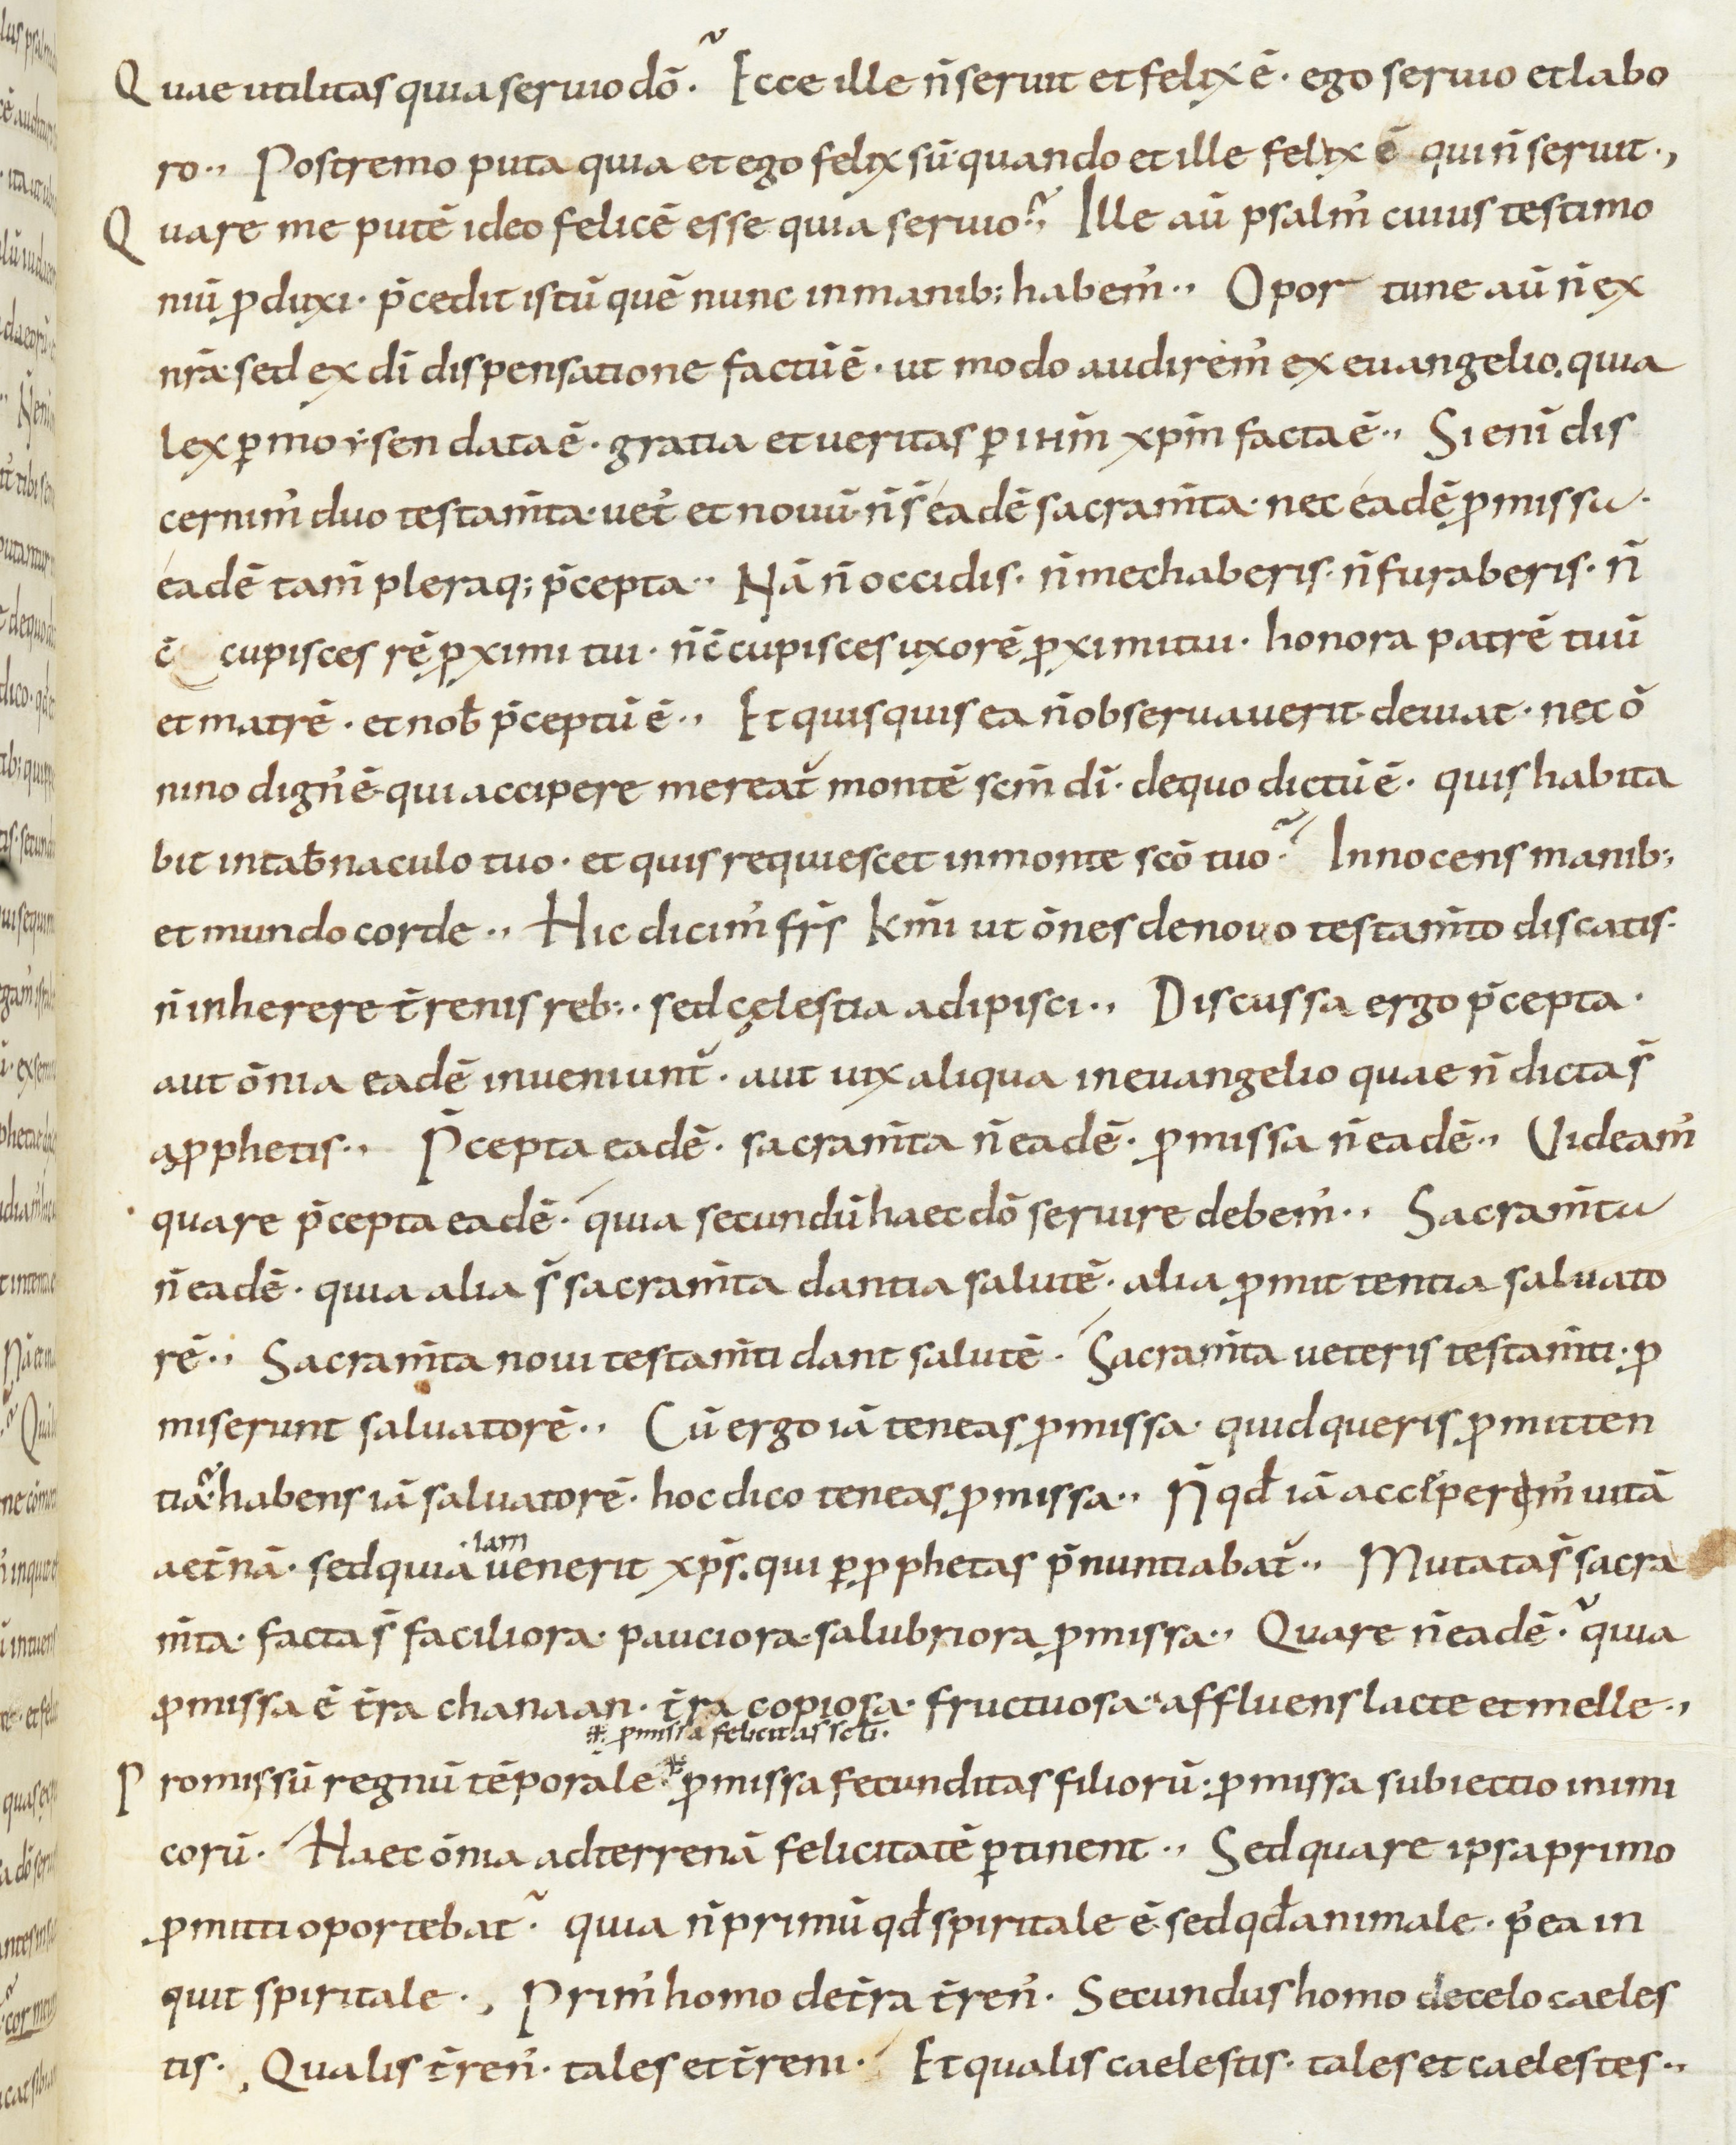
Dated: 800–899